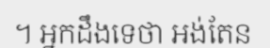
។ អ្នកដឹងទេថា អង់តែន